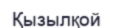
Қызылқой